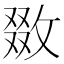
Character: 敪